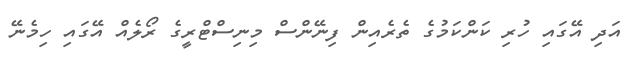
އަދި އޭގައި ހުރި ކަންކަމުގެ ތެރެއިން ފިނޭންސް މިނިސްޓްރީގެ ރޯލެއް އޭގައި ހިމެނޭ